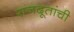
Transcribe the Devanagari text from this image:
राजदूतांची